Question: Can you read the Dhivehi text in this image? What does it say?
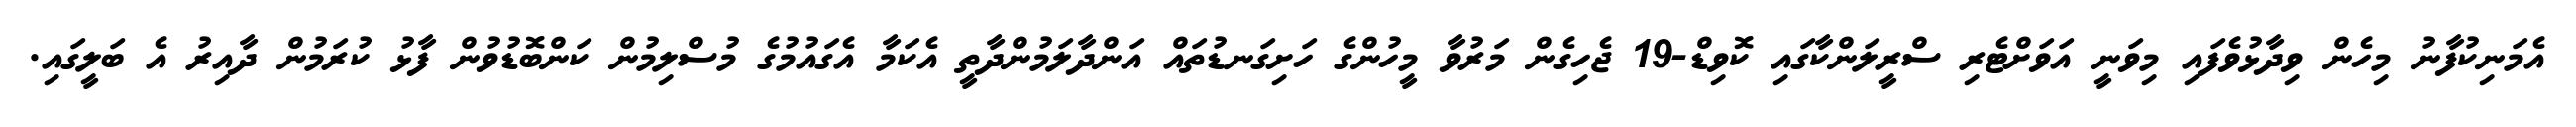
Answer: އެމަނިކުފާނު މިހެން ވިދާޅުވެފައި މިވަނީ އަވަށްޓެރި ސްރީލަންކާގައި ކޮވިޑް-19 ޖެހިގެން މަރުވާ މީހުންގެ ހަށިގަނޑުތައް އަންދާލަމުންދާތީ އެކަމާ އެގައުމުގެ މުސްލިމުން ކަންބޮޑުވުން ފާޅު ކުރަމުން ދާއިރު އެ ބަލީގައި.